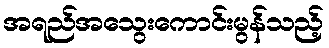
အရည်အသွေးကောင်းမွန်သည့်